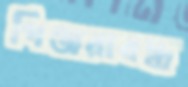
পিঞ্জরাবদ্ধ